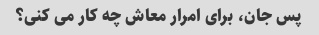
پس جان، برای امرار معاش چه کار می کنی؟